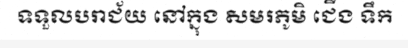
ទទួលបរាជ័យ នៅក្នុង សមរភូមិ ជើង ទឹក